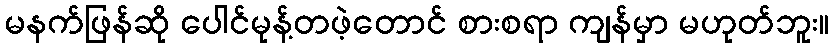
မနက်ဖြန်ဆို ပေါင်မုန့်တဖဲ့တောင် စားစရာ ကျန်မှာ မဟုတ်ဘူး။